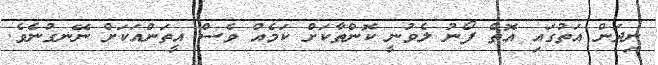
ނިދަން އަތުގައި އޮތް ފޯނު ލެވުނީ ކޮންތާކަށް ކަމެއް ވެސް އީތަންއަކަށް ނޭނގުނެވެ.